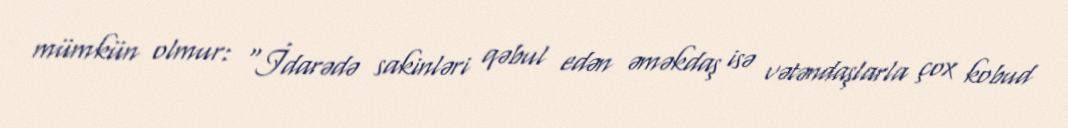
mümkün olmur: "İdarədə sakinləri qəbul edən əməkdaş isə vətəndaşlarla çox kobud